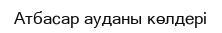
Атбасар ауданы көлдері